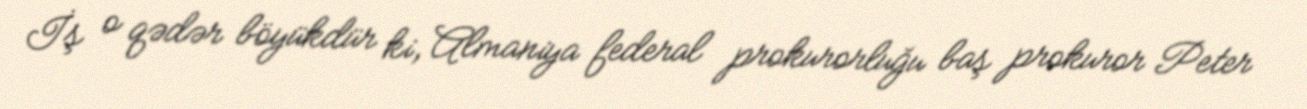
İş o qədər böyükdür ki, Almaniya federal prokurorluğu baş prokuror Peter